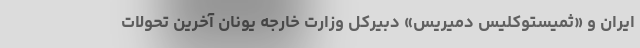
ایران و «ثمیستوکلیس دمیریس» دبیرکل وزارت خارجه یونان آخرین تحولات